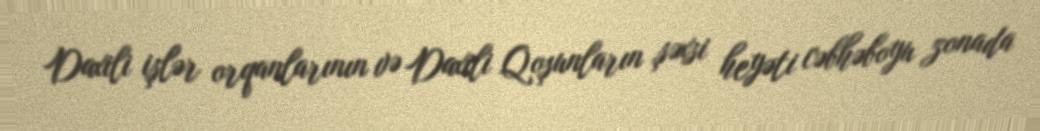
Daxili işlər orqanlarının və Daxili Qoşunların şəxsi heyəti cəbhəboyu zonada